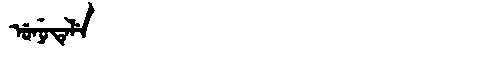
Manchu: ᡠᠨᡠᡨᡝᠯᡝ
Romanization: UNUTELE